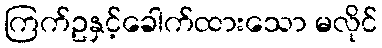
ကြက်ဥနှင့်ခေါက်ထားသော မလိုင်